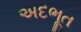
અદભૂત